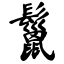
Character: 鬣